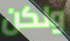
ولكن